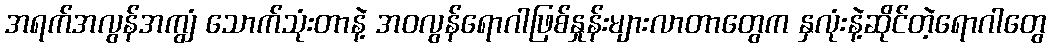
အရက်အလွန်အကျွံ သောက်သုံးတာနဲ့ အဝလွန်ရောဂါဖြစ်နှုန်းများလာတာတွေက နှလုံးနဲ့ဆိုင်တဲ့ရောဂါတွေ